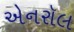
એનરૉલ